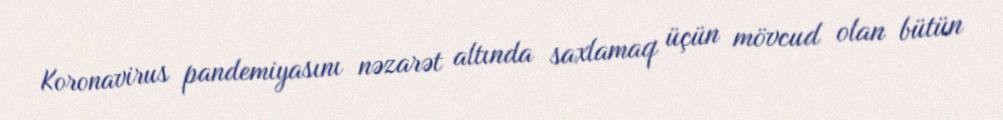
Koronavirus pandemiyasını nəzarət altında saxlamaq üçün mövcud olan bütün